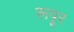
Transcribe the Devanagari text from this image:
रूपूर